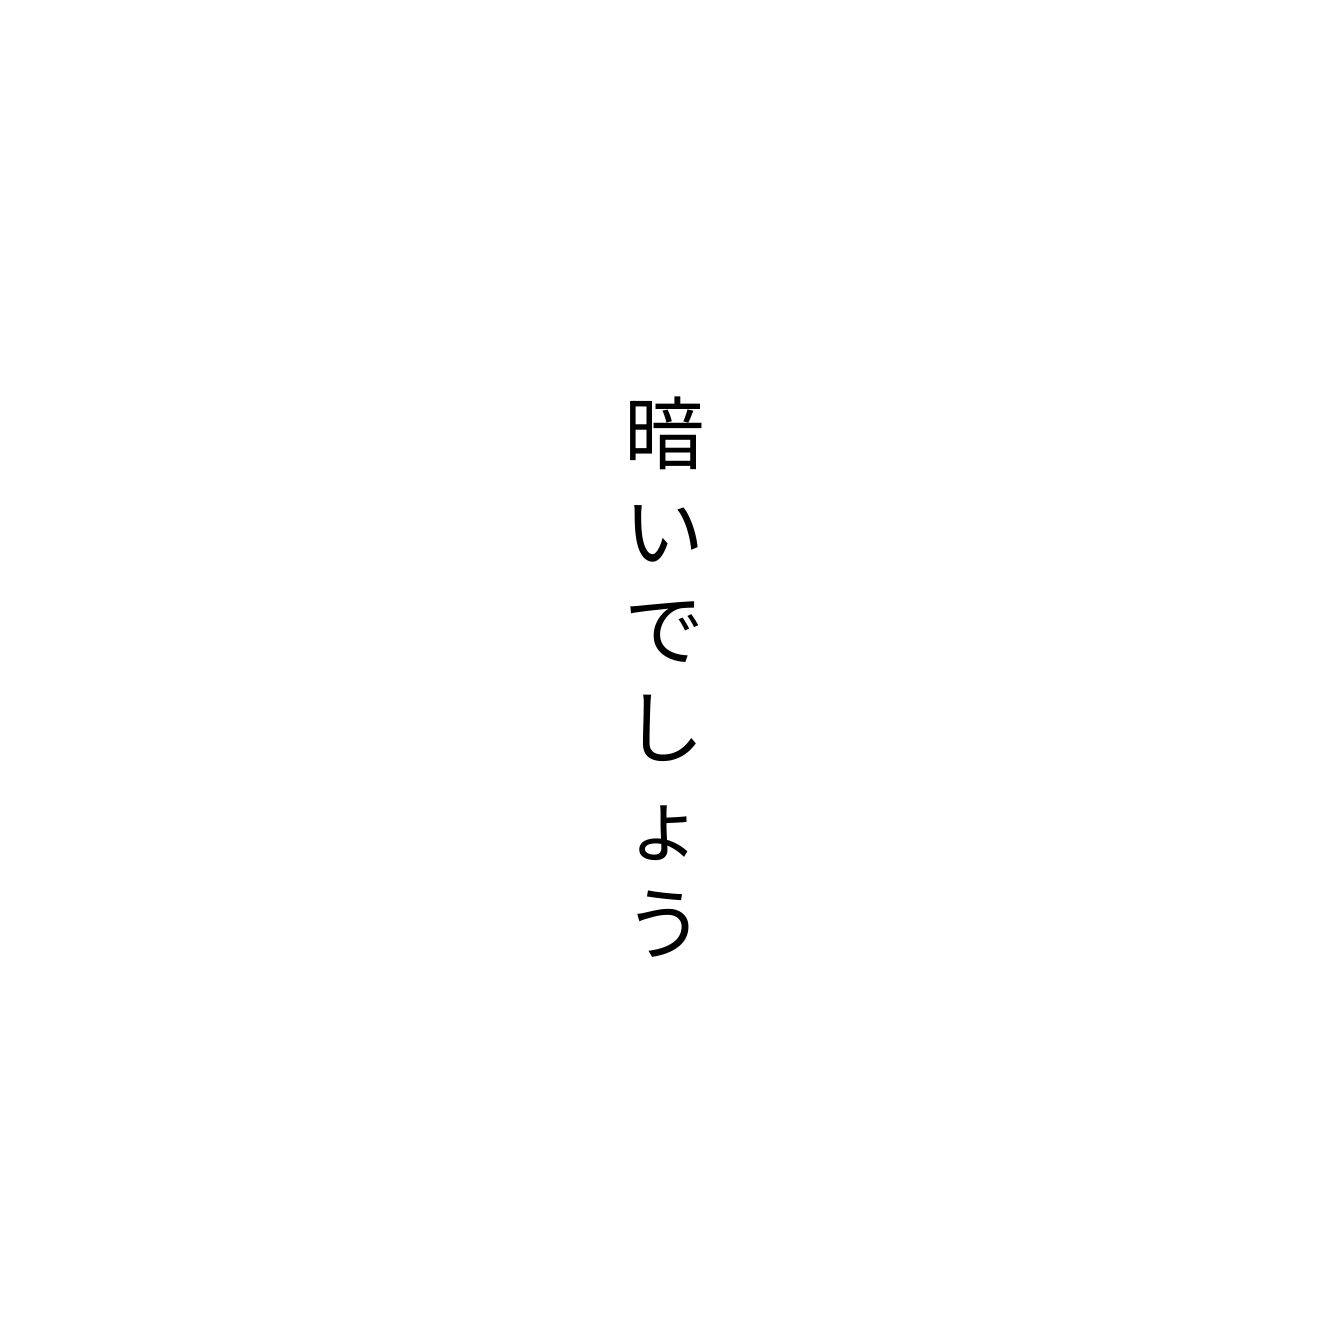
暗いでしょう